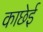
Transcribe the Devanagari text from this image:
काछेई